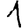
Digit: 1